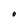
Character: O